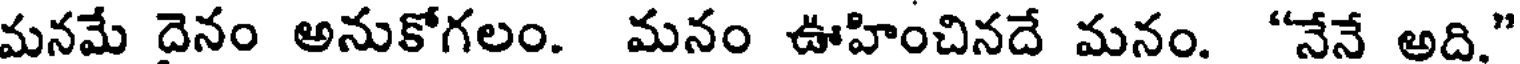
మనమే దెనం అనుకోగలం. మనం ఊహించినదే మనం. "నేనే అది."